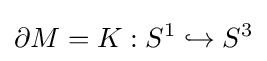
\partial M=K:S^{1}\hookrightarrow S^{3}